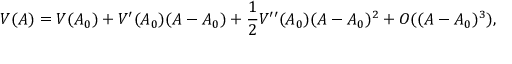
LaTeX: V ( A ) = V ( A _ { 0 } ) + V ^ { \prime } ( A _ { 0 } ) ( A - A _ { 0 } ) + \frac { 1 } { 2 } V ^ { \prime \prime } ( A _ { 0 } ) ( A - A _ { 0 } ) ^ { 2 } + { \cal O } ( ( A - A _ { 0 } ) ^ { 3 } ) ,